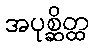
အပုစ္ဆိတ္ထ